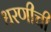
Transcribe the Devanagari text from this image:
धरणीची